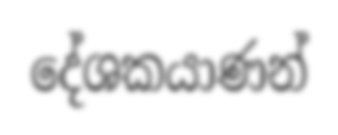
දේශකයාණන්